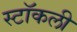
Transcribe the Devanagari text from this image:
स्टॉकली